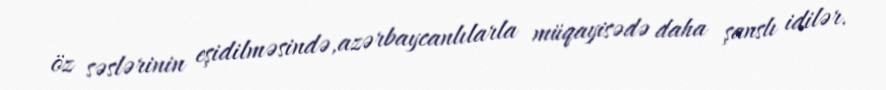
öz səslərinin eşidilməsində,azərbaycanlılarla müqayisədə daha şanslı idilər.